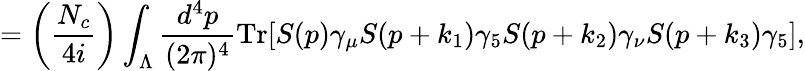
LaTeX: =\left(\frac{N_{c}}{4i}\right)\int_{\Lambda}\frac{d^{4}p}{(2\pi)^{4}}\mathrm{Tr}[S(p)\gamma_{\mu}S(p+k_{1})\gamma_{5}S(p+k_{2})\gamma_{\nu}S(p+k_{3})\gamma_{5}],